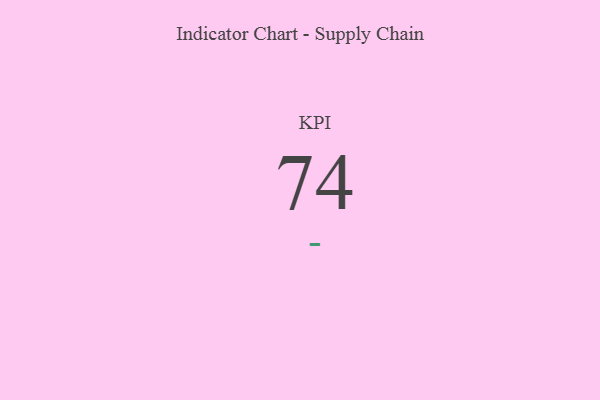
{"axis": {"x": "KPI", "y": "Value"}, "legend": [""], "data": [{"x": "KPI", "y": 74, "type": ""}]}